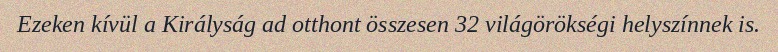
Ezeken kívül a Királyság ad otthont összesen 32 világörökségi helyszínnek is.